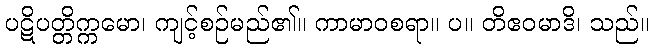
ပဋိပတ္တိက္ကမော၊ ကျင့်စဉ်မည်၏။ ကာမာဝစရာ။ ပ။ တိဧဝမာဒိ၊ သည်။